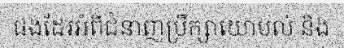
ផងដែរអំពីជំនាញប្រឹក្សាយោបល់ និង